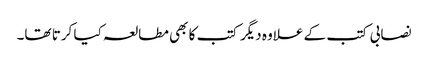
نصابی کتب کے علاوہ دیگر کتب کا بھی مطالعہ کیا کرتا تھا۔